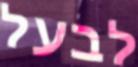
לבעל